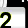
Digit: 2